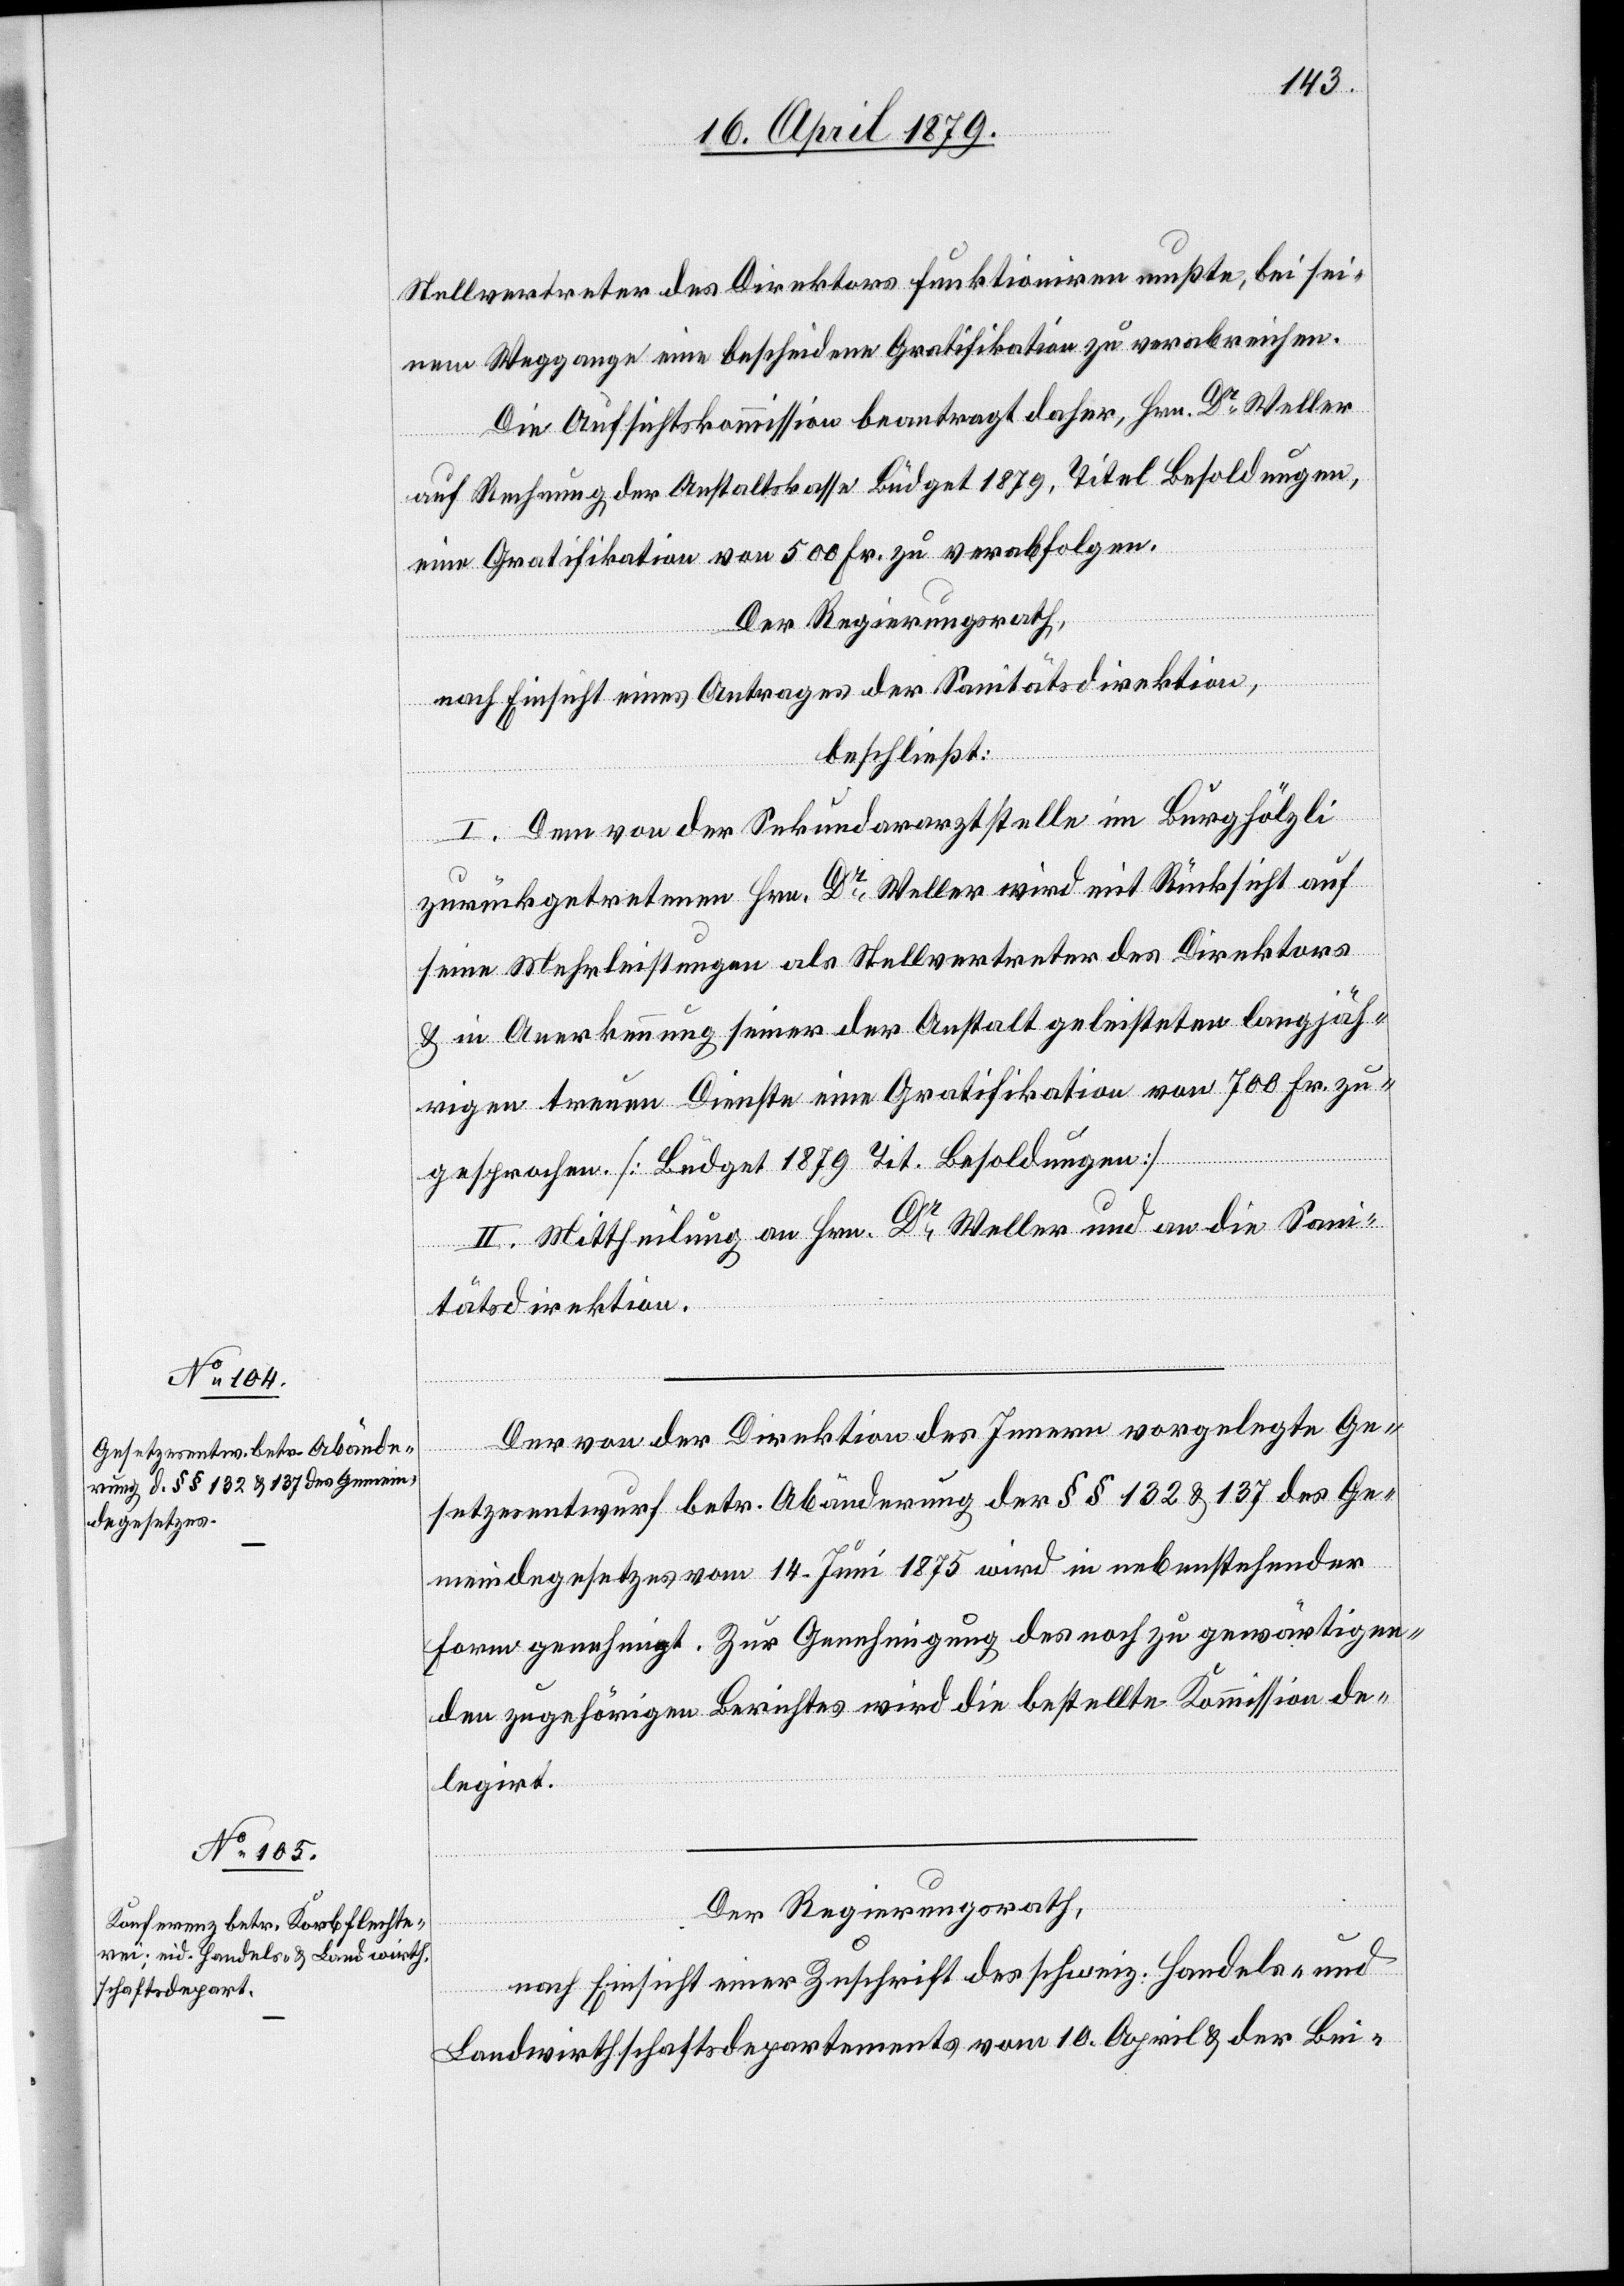
Stellvertreter des Direktors funktioniren mußte, bei sei¬
nem Weggange eine bescheidene Gratifikation zu verabreichen.
Die Aufsichtskommission beantragt daher, Hrn. Dr Weller
auf Rechnung der Anstaltskasse Büdget 1879, Titel Besoldungen,
eine Gratifikation von 500 Fr. zu verabfolgen.
Der Regierungsrath,
nach Einsicht eines Antrages der Sanitätsdirektion,
beschließt:
I. Dem von der Sekundararztstelle im Burghölzli
zurückgetretenen Hrn. Dr Weller wird mit Rücksicht auf
seine Mehrleistungen als Stellvertreter des Direktors
& in Anerkennung seiner der Anstalt geleisteten langjäh¬
rigen treuen Dienste eine Gratifikation von 700 Fr. zu¬
gesprochen [Büdget 1879 Tit. Besoldungen]
II. Mittheilung an Hrn. Dr Weller und an die San¬
itätsdirektion.
Der von der Direktion des Innern vorgelegte Ge¬
setzesentwurf betr. Abänderung der §§ 132 & 137 des Ge¬
meindegesetzes vom 14. Juni 1875 wird in nebenstehender
Form genehmigt. Zur Genehmigung des noch zu gewärtigen¬
den zugehörigen Berichtes wird die bestellte Kommission de¬
legirt.
Der Regierungsrath,
nach Einsicht einer Zuschrift des schweiz. Handels- und
Landwirthschaftsdepartements vom 10. April & der Bei-